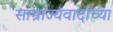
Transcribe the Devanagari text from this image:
साम्राज्यवादाच्या